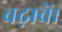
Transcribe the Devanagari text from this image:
बढ़ावें।